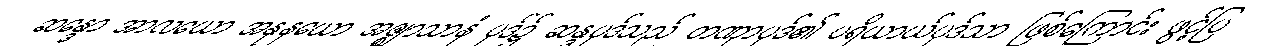
ဆန္ဒော အာလယော အနုနယော အဇ္ဈာသာနံ ပုဒ်၌ ဆန္ဒပုဒ်သည် တဏှာပုဒ်၏ ပရိယာယ်ပုဒ်သာ ဖြစ်ကြောင်း ဖွင့်ပြ